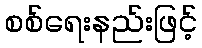
စစ်ရေးနည်းဖြင့်